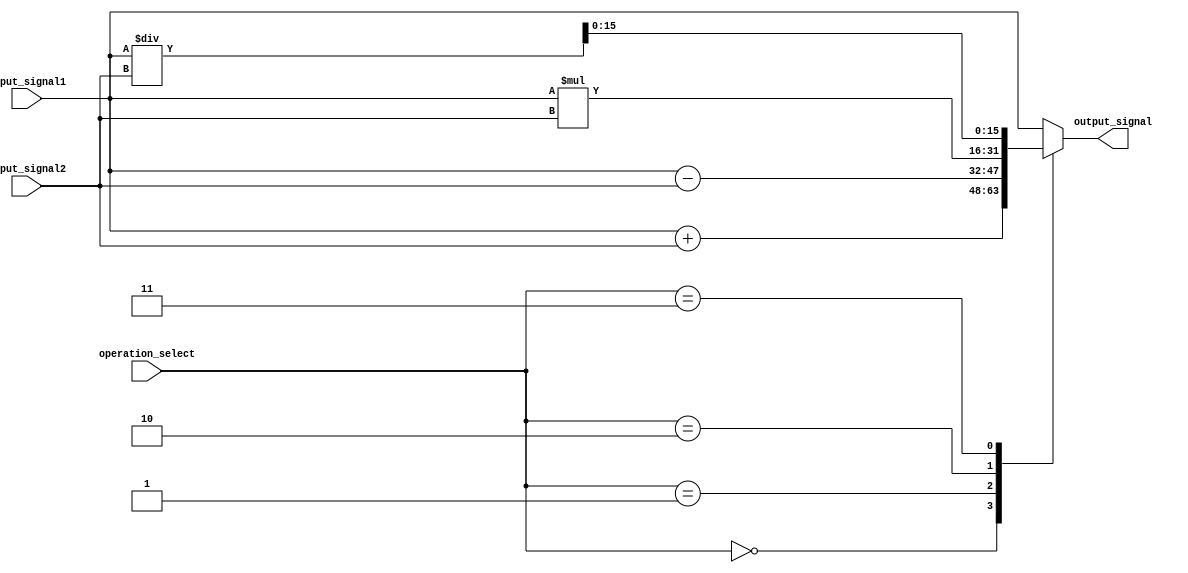
module fixed_point_converter (
    input wire signed [15:0] input_signal1,
    input wire signed [15:0] input_signal2,
    input wire [2:0] operation_select,
    output wire signed [15:0] output_signal
);

reg signed [31:0] intermediate_signal;

always @ (*)
begin
    case(operation_select)
        3'b000: intermediate_signal = input_signal1 + input_signal2; // Addition
        3'b001: intermediate_signal = input_signal1 - input_signal2; // Subtraction
        3'b010: intermediate_signal = input_signal1 * input_signal2; // Multiplication
        3'b011: intermediate_signal = input_signal1 / input_signal2; // Division
        // Additional Operations can be added here
        default: intermediate_signal = input_signal1; // Default operation
    endcase
end

assign output_signal = intermediate_signal[15:0]; // Output fixed-point format signal

endmodule